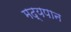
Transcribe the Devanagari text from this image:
मद्यपान